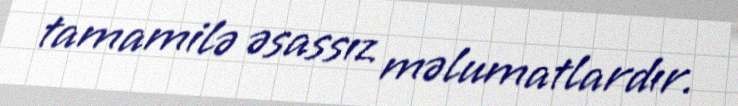
tamamilə əsassız məlumatlardır.